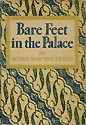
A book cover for Bare feet in the palace (An Atlantic Monthly Press book); Agnes Newton Keith; History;